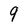
Character: 9